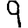
Digit: 9